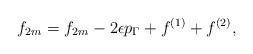
LaTeX: \begin{align*} f_{2m} = f_{2m} - 2\epsilon p_\Gamma + f^{(1)} + f^{(2)}, \end{align*}